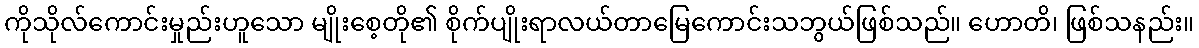
ကိုသိုလ်ကောင်းမှုည်းဟူသော မျိုးစေ့တို၏ စိုက်ပျိုးရာလယ်တာမြေကောင်းသဘွယ်ဖြစ်သည်။ ဟောတိ၊ ဖြစ်သနည်း။